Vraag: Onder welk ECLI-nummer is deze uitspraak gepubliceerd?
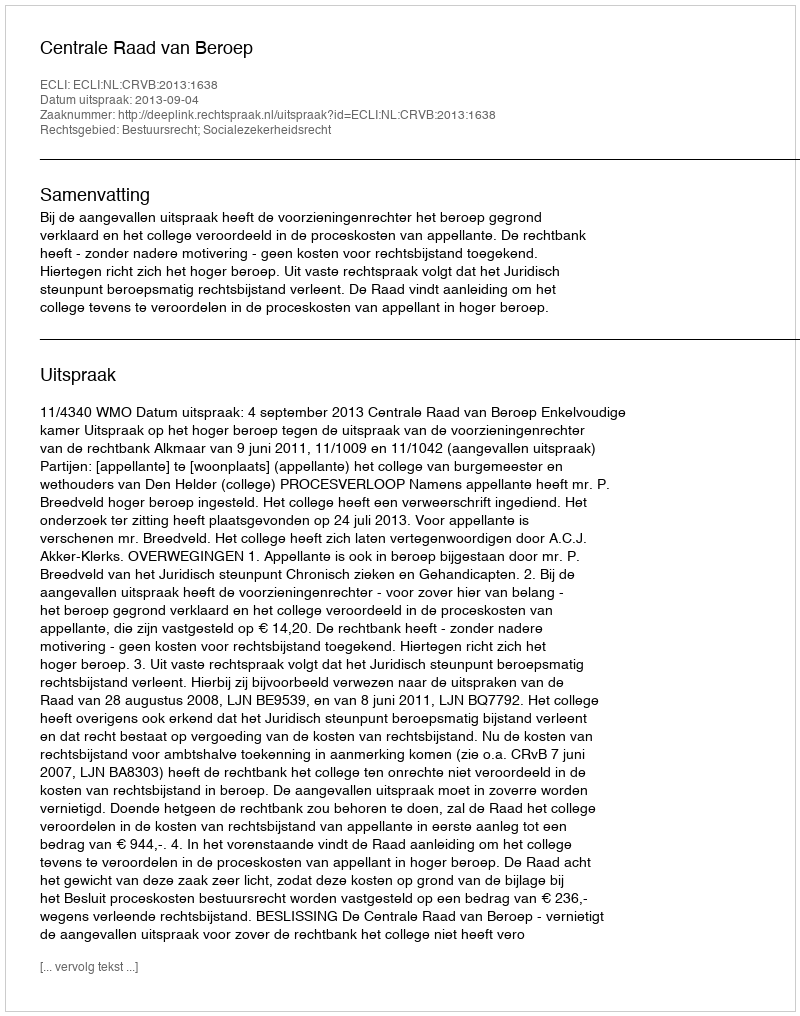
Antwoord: ECLI:NL:CRVB:2013:1638